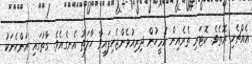
އެއްޗެހި އޮތެވެ. ކޮޓަރި ތެރެއިން އެމީހުން ދިރިއުޅެންޖެހިފައިވާ ހާލަތު އެނގެއެވެ. ގާތުގައި އަންހެނަކު